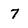
Character: 7